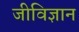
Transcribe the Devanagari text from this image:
जीविज्ञान